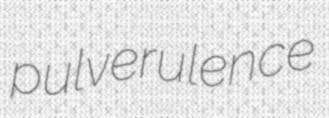
pulverulence